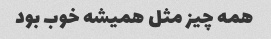
همه چیز مثل همیشه خوب بود